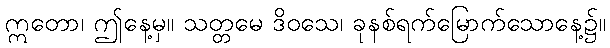
ဣတော၊ ဤနေ့မှ။ သတ္တမေ ဒိဝသေ၊ ခုနစ်ရက်မြောက်သောနေ့၌။